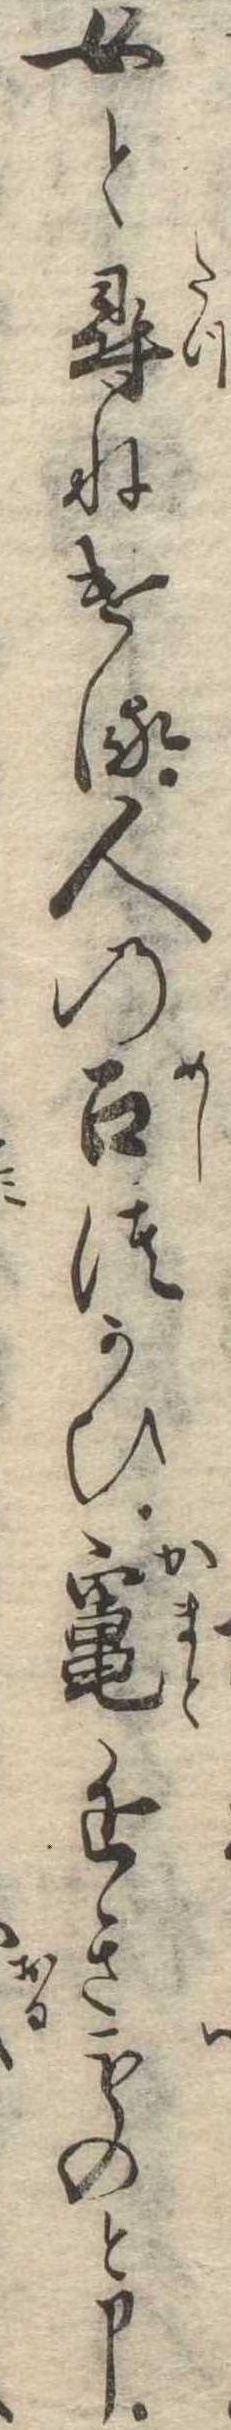
女と尋ねける人の召つかひ竃近きものと申